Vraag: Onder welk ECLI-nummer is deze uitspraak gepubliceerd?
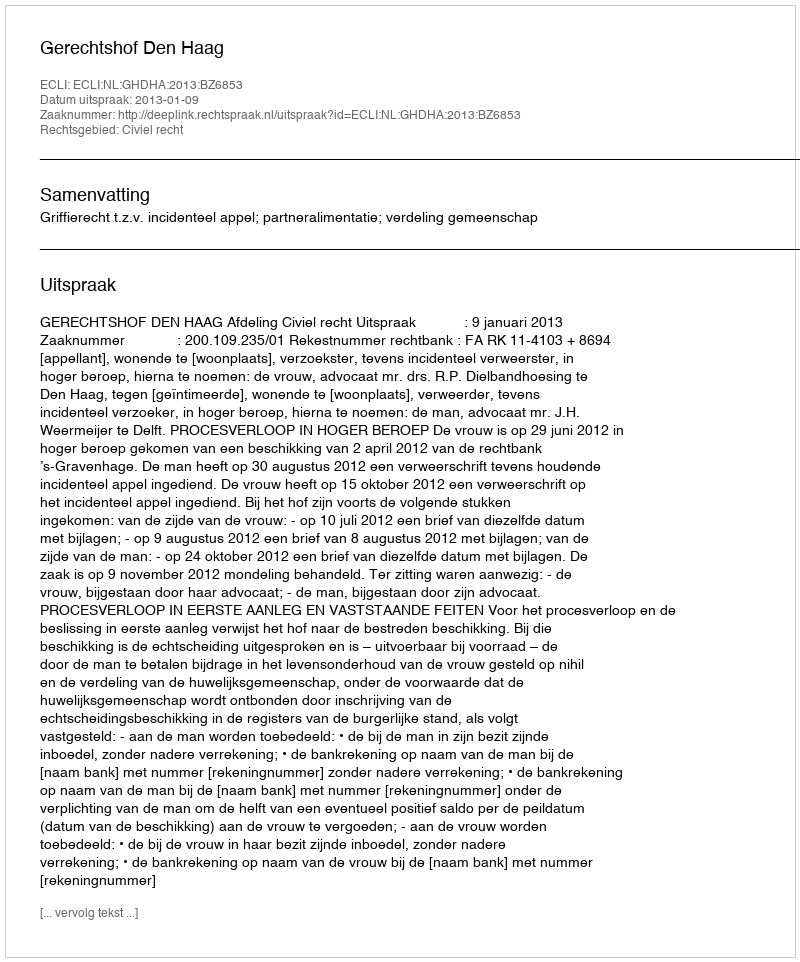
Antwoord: ECLI:NL:GHDHA:2013:BZ6853